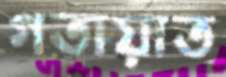
গতায়াত